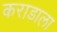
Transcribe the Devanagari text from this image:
कराडाला